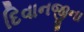
દિવાનજીના